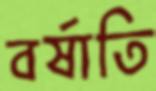
বর্ষাতি